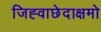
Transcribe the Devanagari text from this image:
जिह्वाछेदाक्षमो